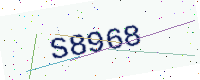
Text: S8968